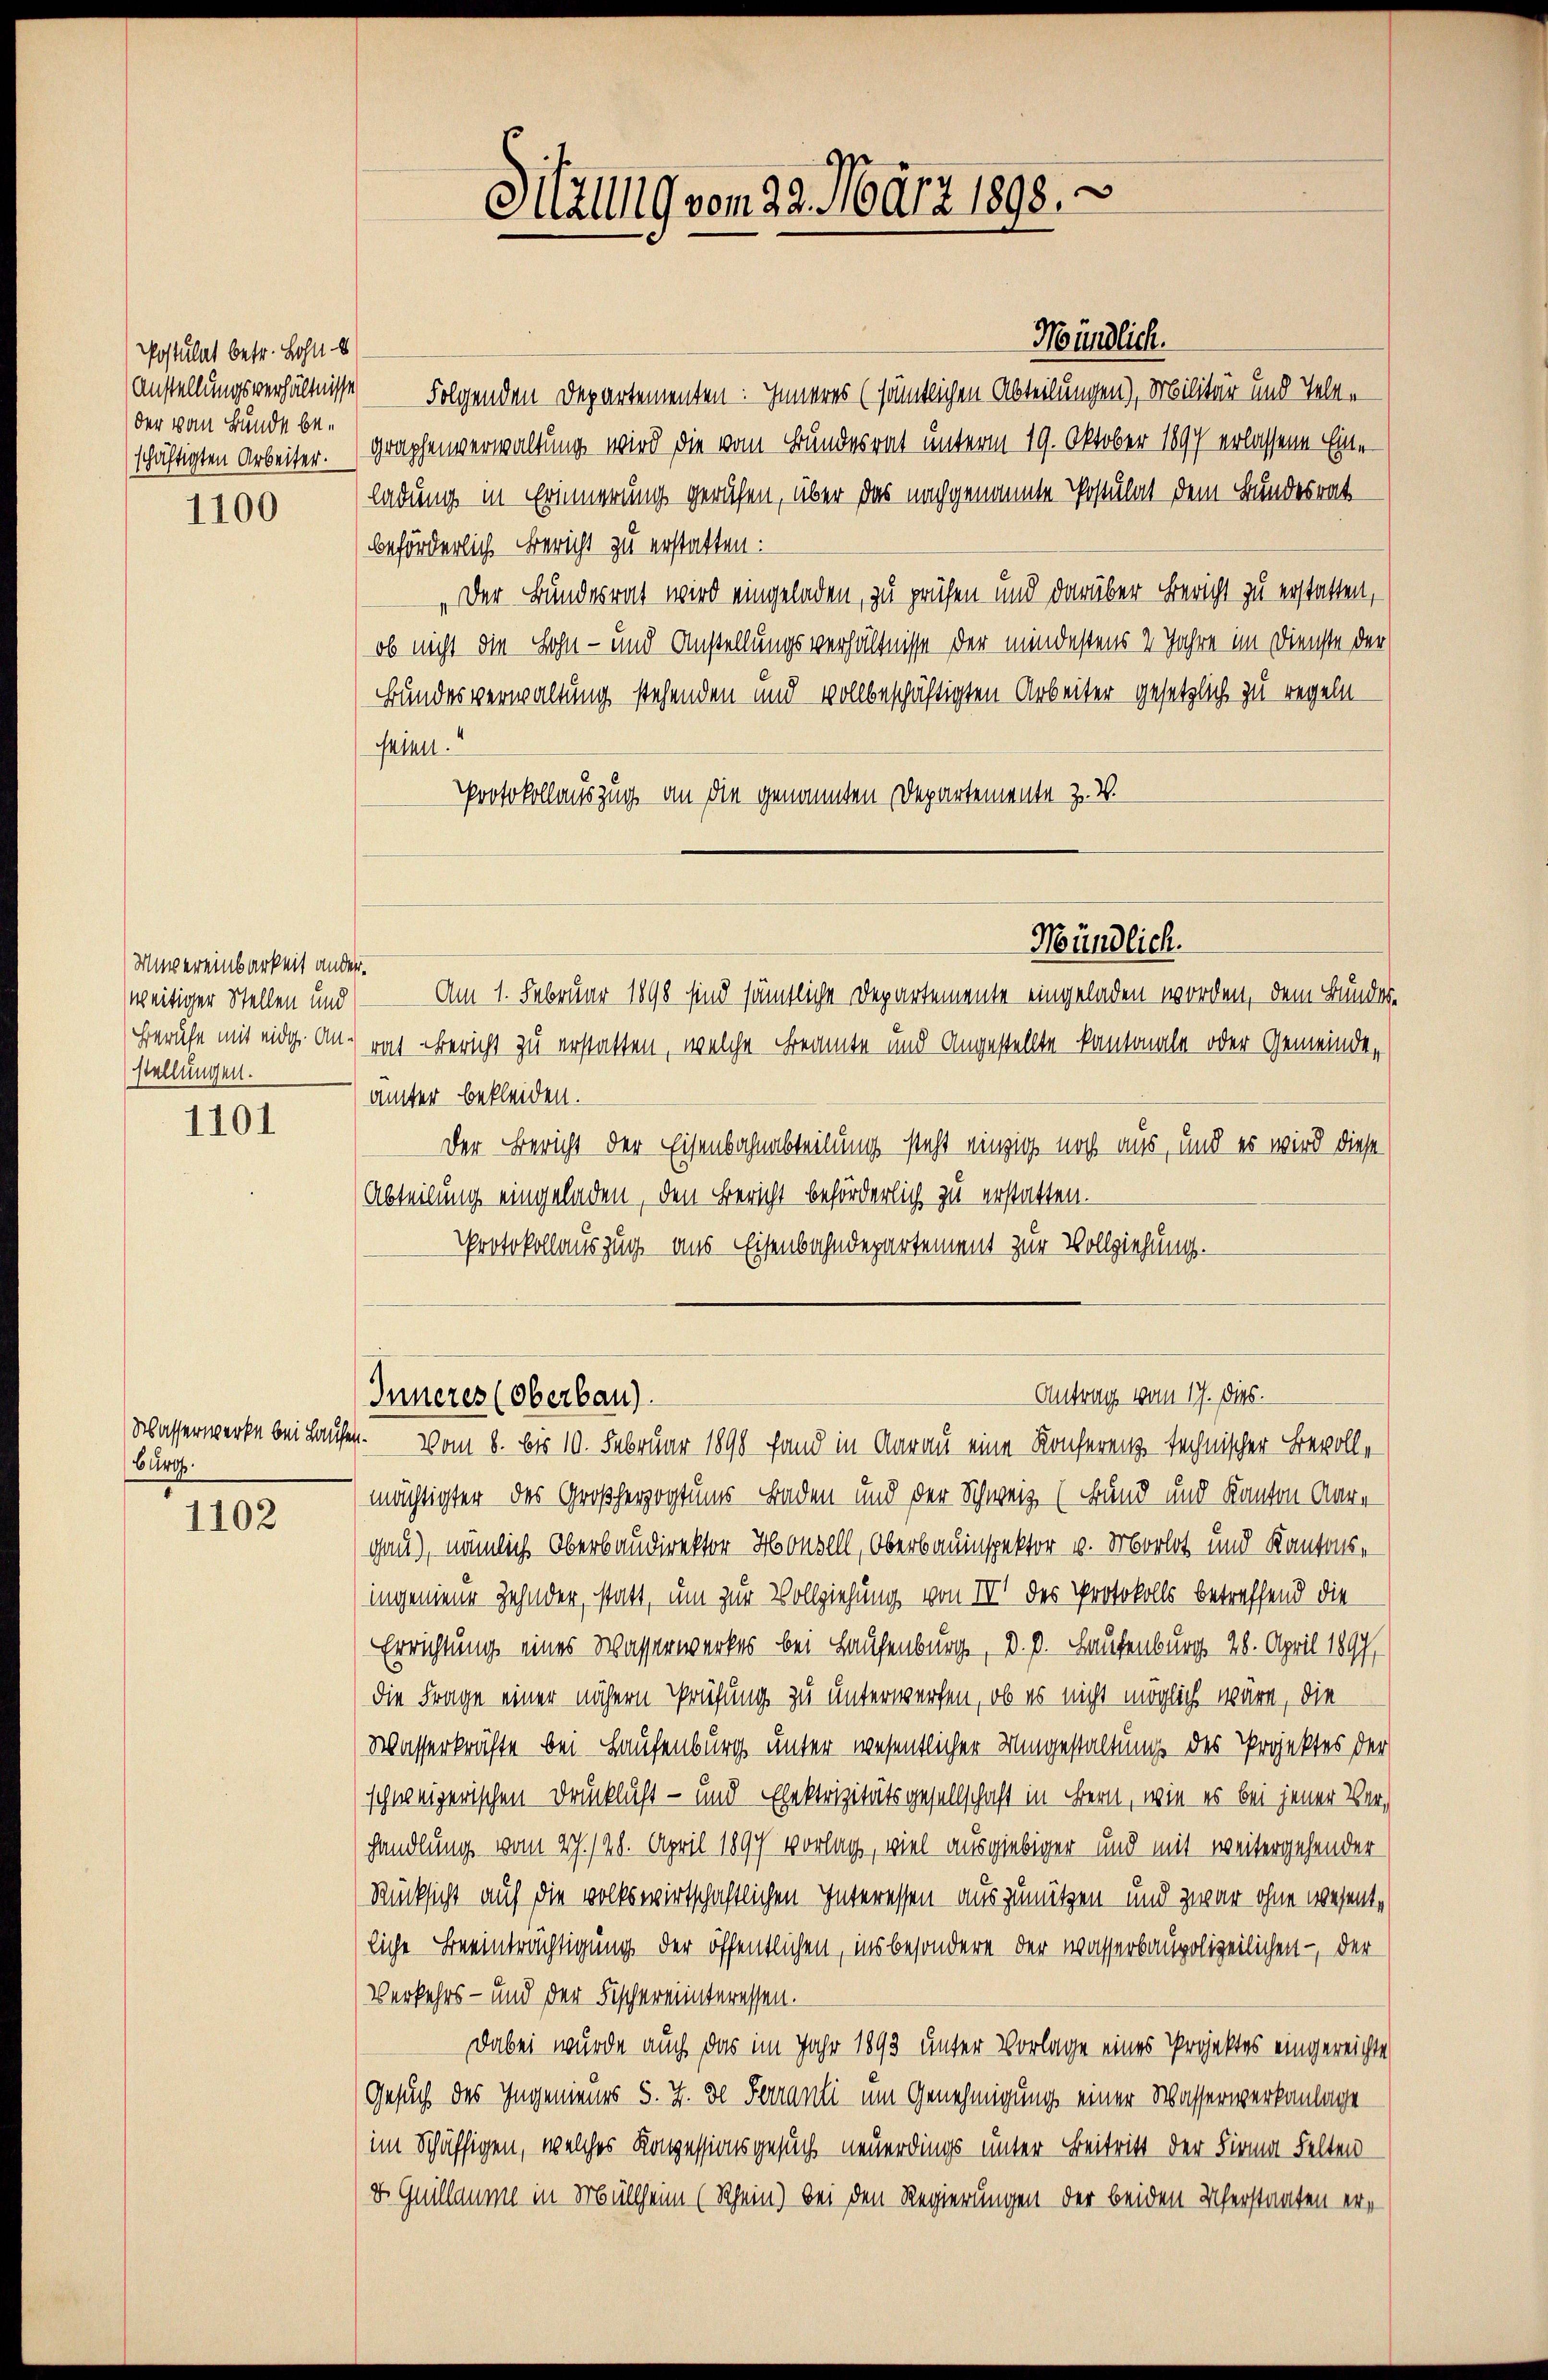
Postulat betr. Lohn
der von Bunde be¬

1100

Mnvereinbarkeit anderweitiger Stellen und
stellungen.

1101

Burg.

1102

Mündlich.
Anstellungsverhältnisse Folgenden Departementen Inneres (sämtlichen Abteilungen), Militär und Teleschäftigten Arbeiter. (Graphenverwaltung wird die vom Bundesrat unterm 19. Oktober 1897 erlassene Eine
ladung in Erinnerung gerufen, über das nachgenannte Postulat dem Bundesrat
beförderlich Bericht zu erstatten:
Der Bundesrat wird eingeladen, zu prüfen und darüber Bericht zu erstatten,
ob nicht die Sohn - und Anstellungsverhältnisse der mindestens 2 Jahre im Dienste der
Bundesverwaltung stehenden und vollbeschäftigten Arbeiter gesetzlich zu regeln –
seien.“
Protokollauszug an die genannten Departemente z. B.
Mündlich.
Am 1. Februar 1898 sind sämtliche Departemente eingeladen worden, dem Bundes-
Berufe mit eidg. Anrat Bericht zu erstatten, welche Beamte und Angestellte kantonale oder Gemeinde,
ämter bekleiden.
Der Bericht der Eisenbahnabteilung steht einzig noch aus, und es wird diese
Abteilung eingeladen, den Bericht beförderlich zu erstatten.
PProtokollauszug aus Eisenbahndepartement zur Vollziehung.

Sitzung vom 29. März 1898.

Antrag vom 17. Dies.
Inneres (Oberbau).

Wasserwerke bei Laufen. vom 8. bis 10. Februar 1890 fand in Aarau eine Konferenz technischer Bevollmächtigter des Großherzogtums Baden und der Schweiz (Bund und Kanton Aare
gau), nämlich Oberbaudirektor Housell, Oberbauinspektor u. Morlot und Kantons-
ingenieur Zehnder, statt, um zur Vollziehung von III des Protokolls betreffend die
Errichtung eines Wasserwerkes bei Hausenburg, d. d. Haufenburg, 28. April 1897,
die Frage einer nähern Prüfung zu unterwerfen, ob es nicht möglich wäre, die
Wasserkräfte bei Haufenburg unter wesentlicher Umgestaltung des Projektes der
schweizerischen Drücklicht- und Elektrizitätsgesellschaft in Bern, wie es bei jener Verhandlung vom 27. 128. April 1890 vorlag, viel ausgiebiger und mit weitergehender
Rücksicht auf die volkswirtschaftlichen Interessen auszunützen und zwar ohne wesentliche Beeinträchtigung der öffentlichen, insbesondere der Wasserbaupolizeilichen -, der
Verkehrs- und der Fischereinteressen.
Dabei wurde auch das im Jahr 1893 unter Vorlage eines Projektes eingereichte
Gesuch des Ingenieurs §. 7. de Ferranti um Genehmigung einer Wasserwerkanlage
im Schäftigen, welches Konzessionsgesuch neuerdings unter Beitritt der Firma Felten
8. Quillaume in Müllheim (Schein) bei den Regierungen der beiden Uferstanten er¬